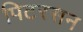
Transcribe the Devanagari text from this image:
पिटरसन